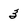
Character: 3